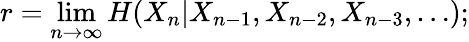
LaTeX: r=\operatorname*{lim}_{n\to\infty}H(X_{n}|X_{n-1},X_{n-2},X_{n-3},\ldots);